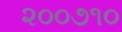
૨૦૦૭૧૦